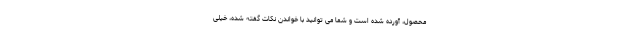
محصول، آورده شده است و شما می توانید با خواندن نکات گفته شده، خیلی